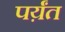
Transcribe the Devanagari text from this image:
पर्य़ंत